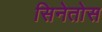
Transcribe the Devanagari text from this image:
सिनेतोस